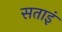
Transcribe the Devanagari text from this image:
सताइं